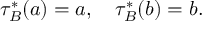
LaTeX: \tau _ { B } ^ { * } ( a ) = a , \quad \tau _ { B } ^ { * } ( b ) = b .